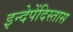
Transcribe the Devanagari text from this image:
इन्देपेंदिस्तास